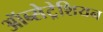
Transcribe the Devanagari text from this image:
ऑब्सेट्रेशियन